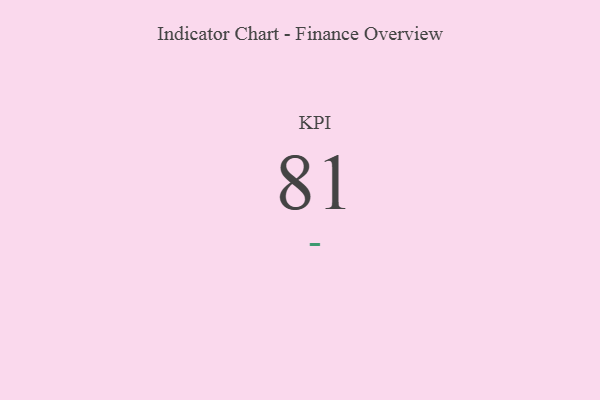
{"axis": {"x": "KPI", "y": "Value"}, "legend": [""], "data": [{"x": "KPI", "y": 81, "type": ""}]}